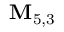
{ \bf { M } } _ { 5 , 3 }